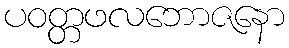
ပဝတ္တဖလဘောဇနော